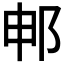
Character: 𬩸